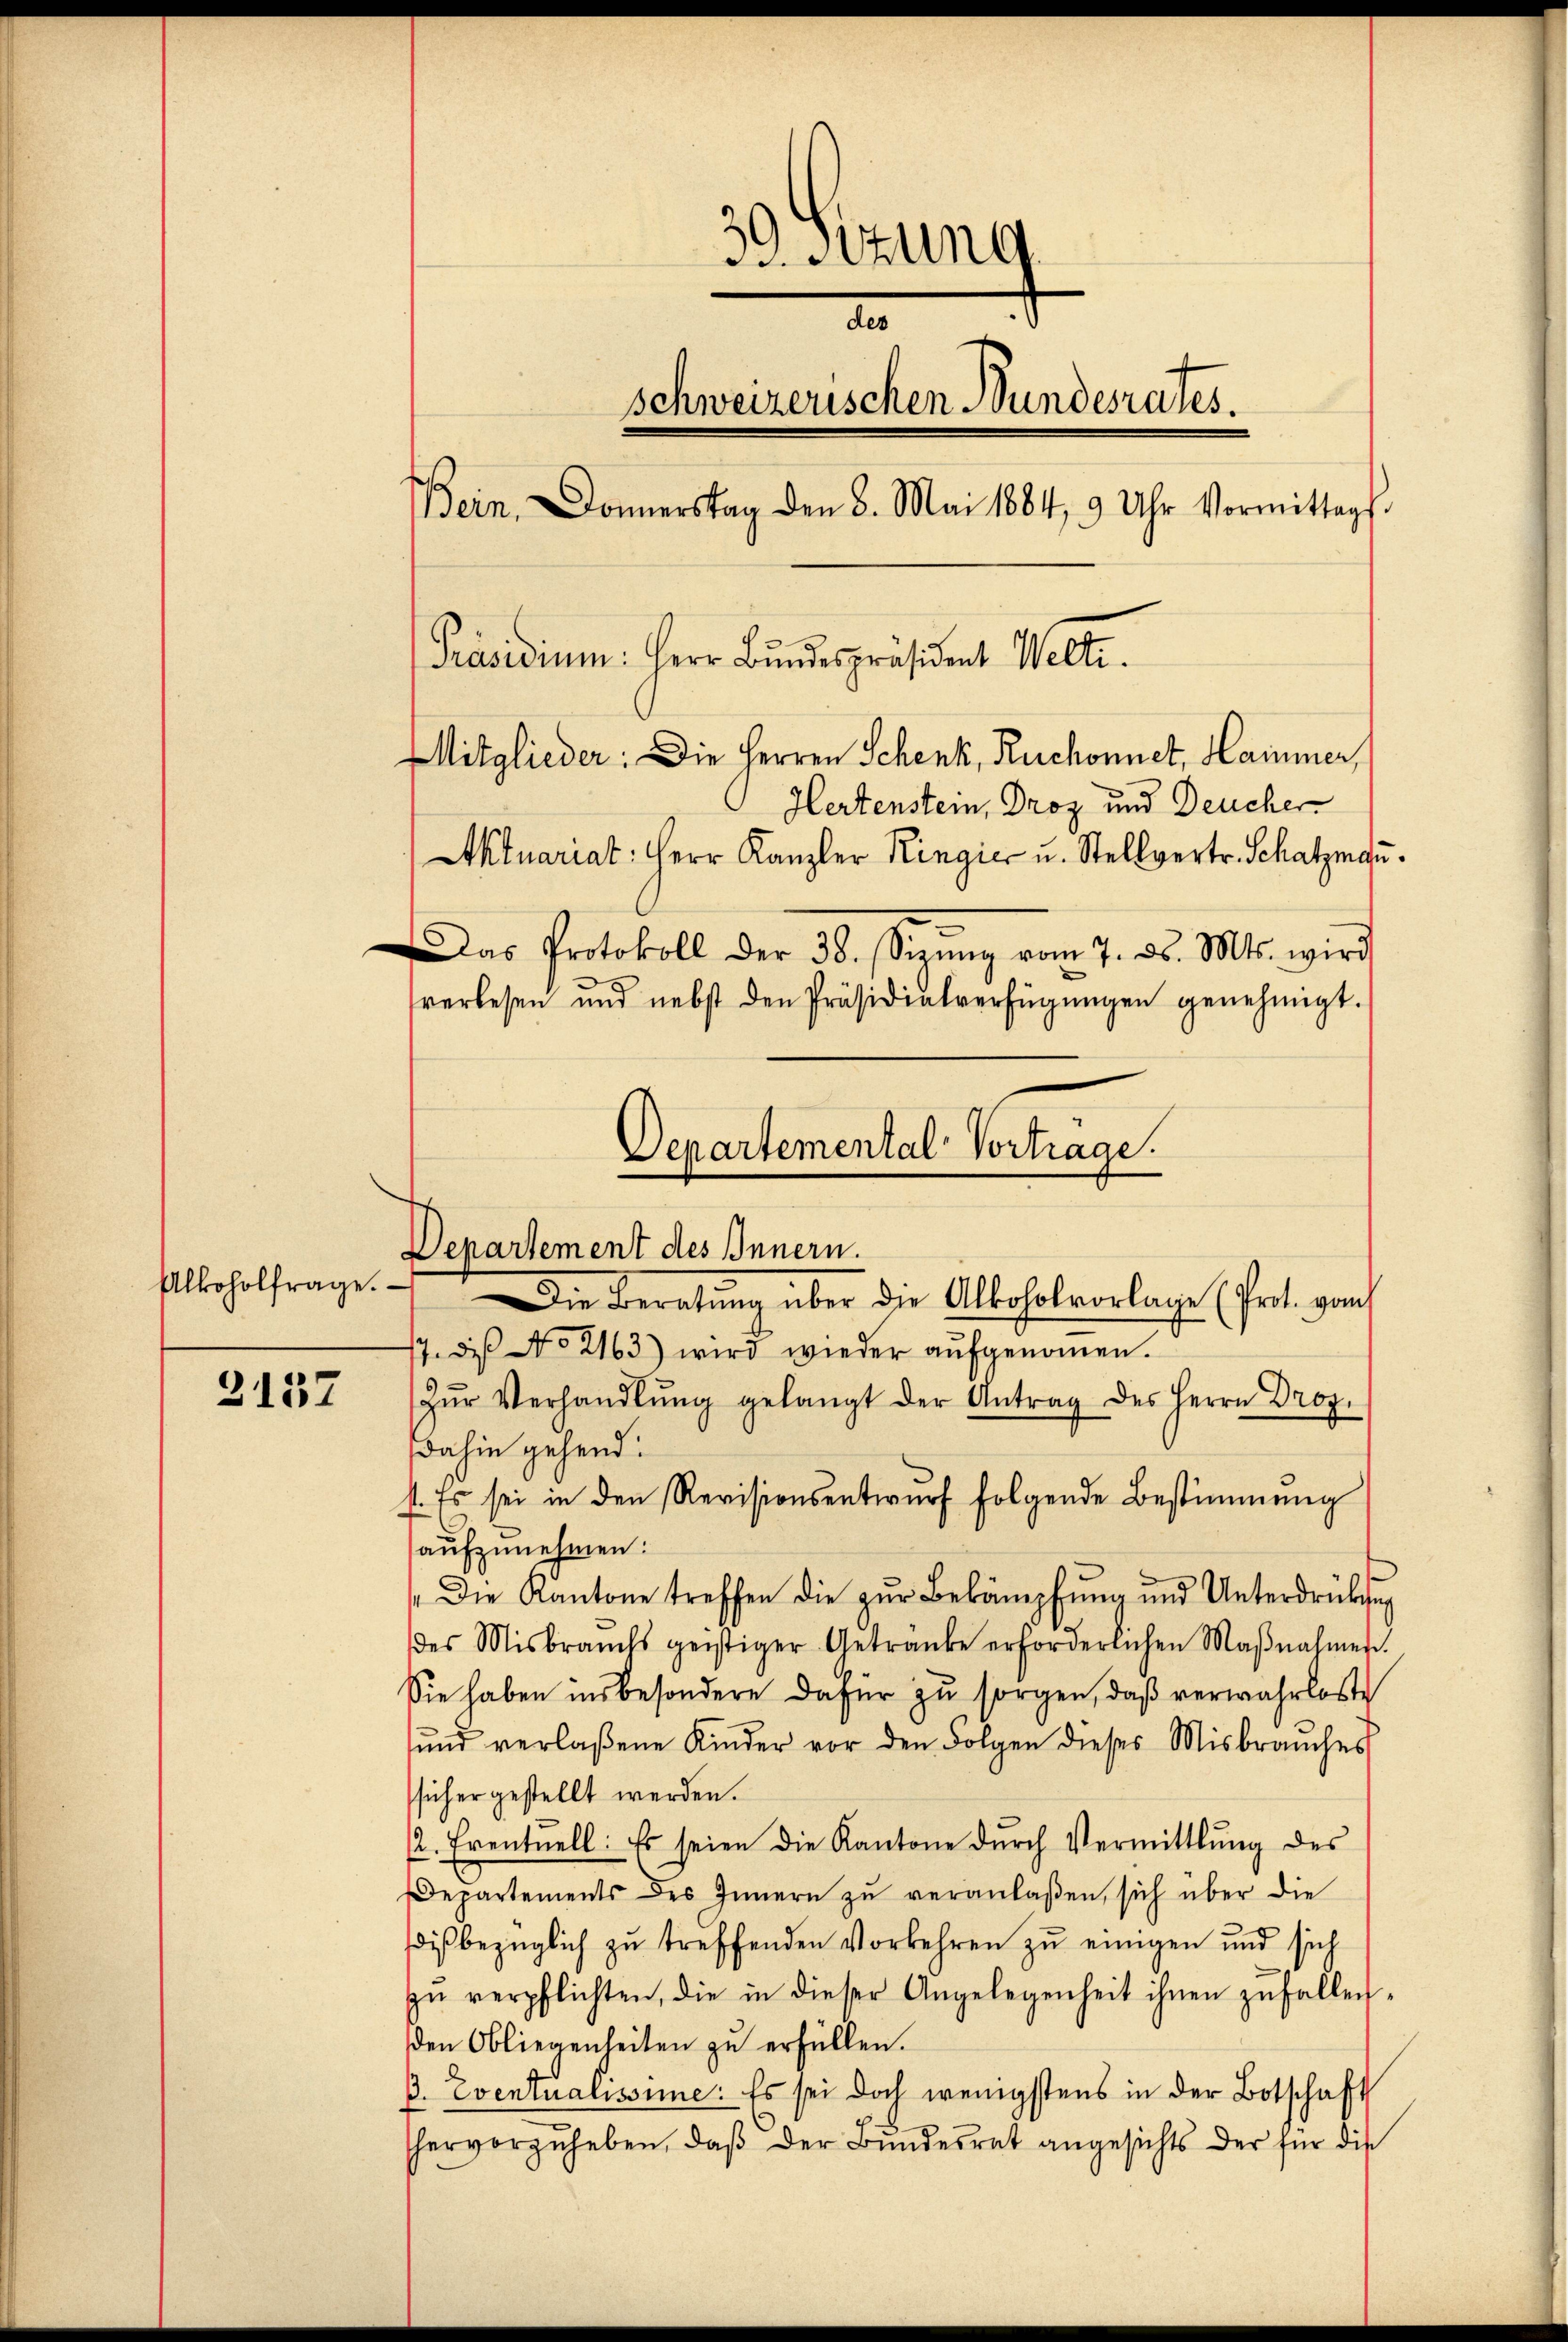
Alkoholfrage.

2137

39. Stung
d
schweizerischen Bundesrates.
Bein. Donnerstag den 8. Mai 1884, 9 Uhr Vormittags.
Präsidium. Herr Bundespräsident Welti.
Mitglieder: Die Herren Schenk, Ruchonnet, Hammer,
Hertenstein, Droz und Deucher
Aktuariat: Herr Kanzler Ringier u. Stellvertr. Schatzman
as Protokoll der 38. Sizŭng vom 7. d. Mts. wird
verlesen und nebst den Präsidialverfügŭngen genehmigt.

17. die No 2163) wird wieder aŭfgenommen.
Zŭr Verhandlŭng gelangt der Antrag des Herrn Droz.
dahin gehend:
st. Es sei in den Revisionsentwurf folgende Bestimmung
aufzunehmen:
"Die Kantone treffen die zŭr Bekämpfung und Unterdrücksich
des Misbrauchs geistiger Getranke erforderlichen Maβnahmen.
Sie haben insbesondere dafür zu sorgen, daß verwahrlose
ŭnd verlaßene Kinder vor den Folgen dieses Misbrauches
sicher gestellt werden.
12. Eventuell: Es seien die Kantone dŭrch Vermittlung des
Departements des Innern zŭ veranlaßen, sich über die
diβbezüglich zŭ treffenden Vorkehren zŭ einigen und sich
zŭ verpflichten, die in dieser Angelegenheit ihnen zufallen.
den Obliegenheiten zu erfüllen.
ß. Eventualissime: Es sei doch wenigstens in der Botschaft
hervorzuheben, daß der Bundesrat angesichts der für die

Departemental Vortrage.
Departement des Innern.
Die Beratung über die Alkoholvorlage (Prot. vom